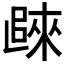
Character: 𲉖